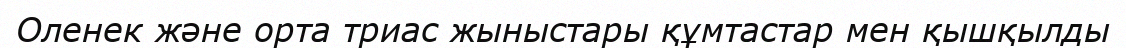
Оленек және орта триас жыныстары құмтастар мен қышқылды